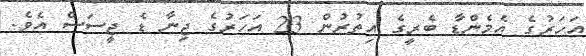
އަހަރުގެ އެމެންޑާ ބެރީގެ އިތުރުން 23 އަހަރުގެ ޖިނާ ޑެ ޖީސަސް އެވެ.